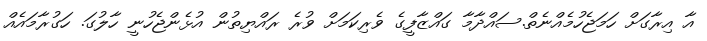
އާ އިރާގަށް ހަމަޖެހުމެއްނެތް.ސައްދާމާ ގައްޒާފީގެ ވެރިކަމަށް ވުރެ ރައްޔިތުން އުޅެންޖެހުނީ ހާލުގަ. ހަގުރާމައެއް